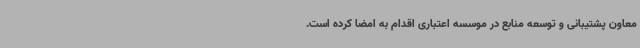
معاون پشتیبانی و توسعه منابع در موسسه اعتباری اقدام به امضا کرده است.